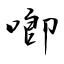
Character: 喞